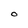
Character: O